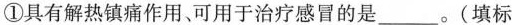
①具有解热镇痛作用、可用于治疗感冒的是___。(填标